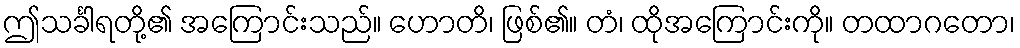
ဤသင်္ခါရတို့၏ အကြောင်းသည်။ ဟောတိ၊ ဖြစ်၏။ တံ၊ ထိုအကြောင်းကို။ တထာဂတော၊